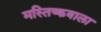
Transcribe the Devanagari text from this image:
मस्तिष्कवाला